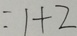
= 1 + 2